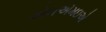
એનએમઇએ